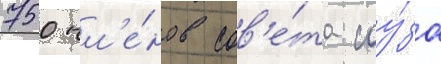
750 чл'е́нов сов'е́та соу́за